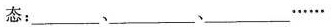
态：\underline、\underline、\underline……